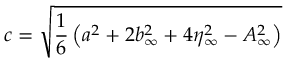
c = \sqrt { \frac { 1 } { 6 } \left( a ^ { 2 } + 2 b _ { \infty } ^ { 2 } + 4 \eta _ { \infty } ^ { 2 } - A _ { \infty } ^ { 2 } \right) }